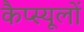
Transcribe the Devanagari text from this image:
कैप्स्यूलों